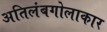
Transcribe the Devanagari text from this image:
अतिलंबगोलाकार